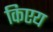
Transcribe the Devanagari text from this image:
किएय